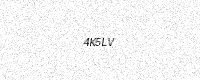
Text: 4K5LV